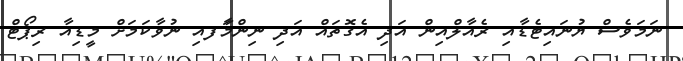
ނަމަވެސް ޔުނައިޓެޑާއި ރެއާލްއިން އަދި އެގޮތައް އަދި ނިންމާަފއި ނުވާކަމަށް މީޑިއާ ރިޕޯޓް